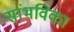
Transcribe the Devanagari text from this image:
सांभविका